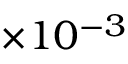
\times 1 0 ^ { - 3 }